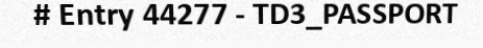
# Entry 44277 - TD3_PASSPORT